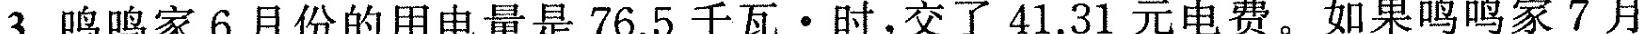
3.鸣鸣家6月份的用电量是76.5千瓦·时，交了41.31元电费。如果鸣鸣家7月